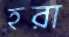
হরা